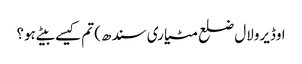
اوڈیرولال ضلع مٹیاری سندھ) تم کیسے بیٹے ہو؟